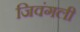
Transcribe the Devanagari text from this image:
जिवंगली